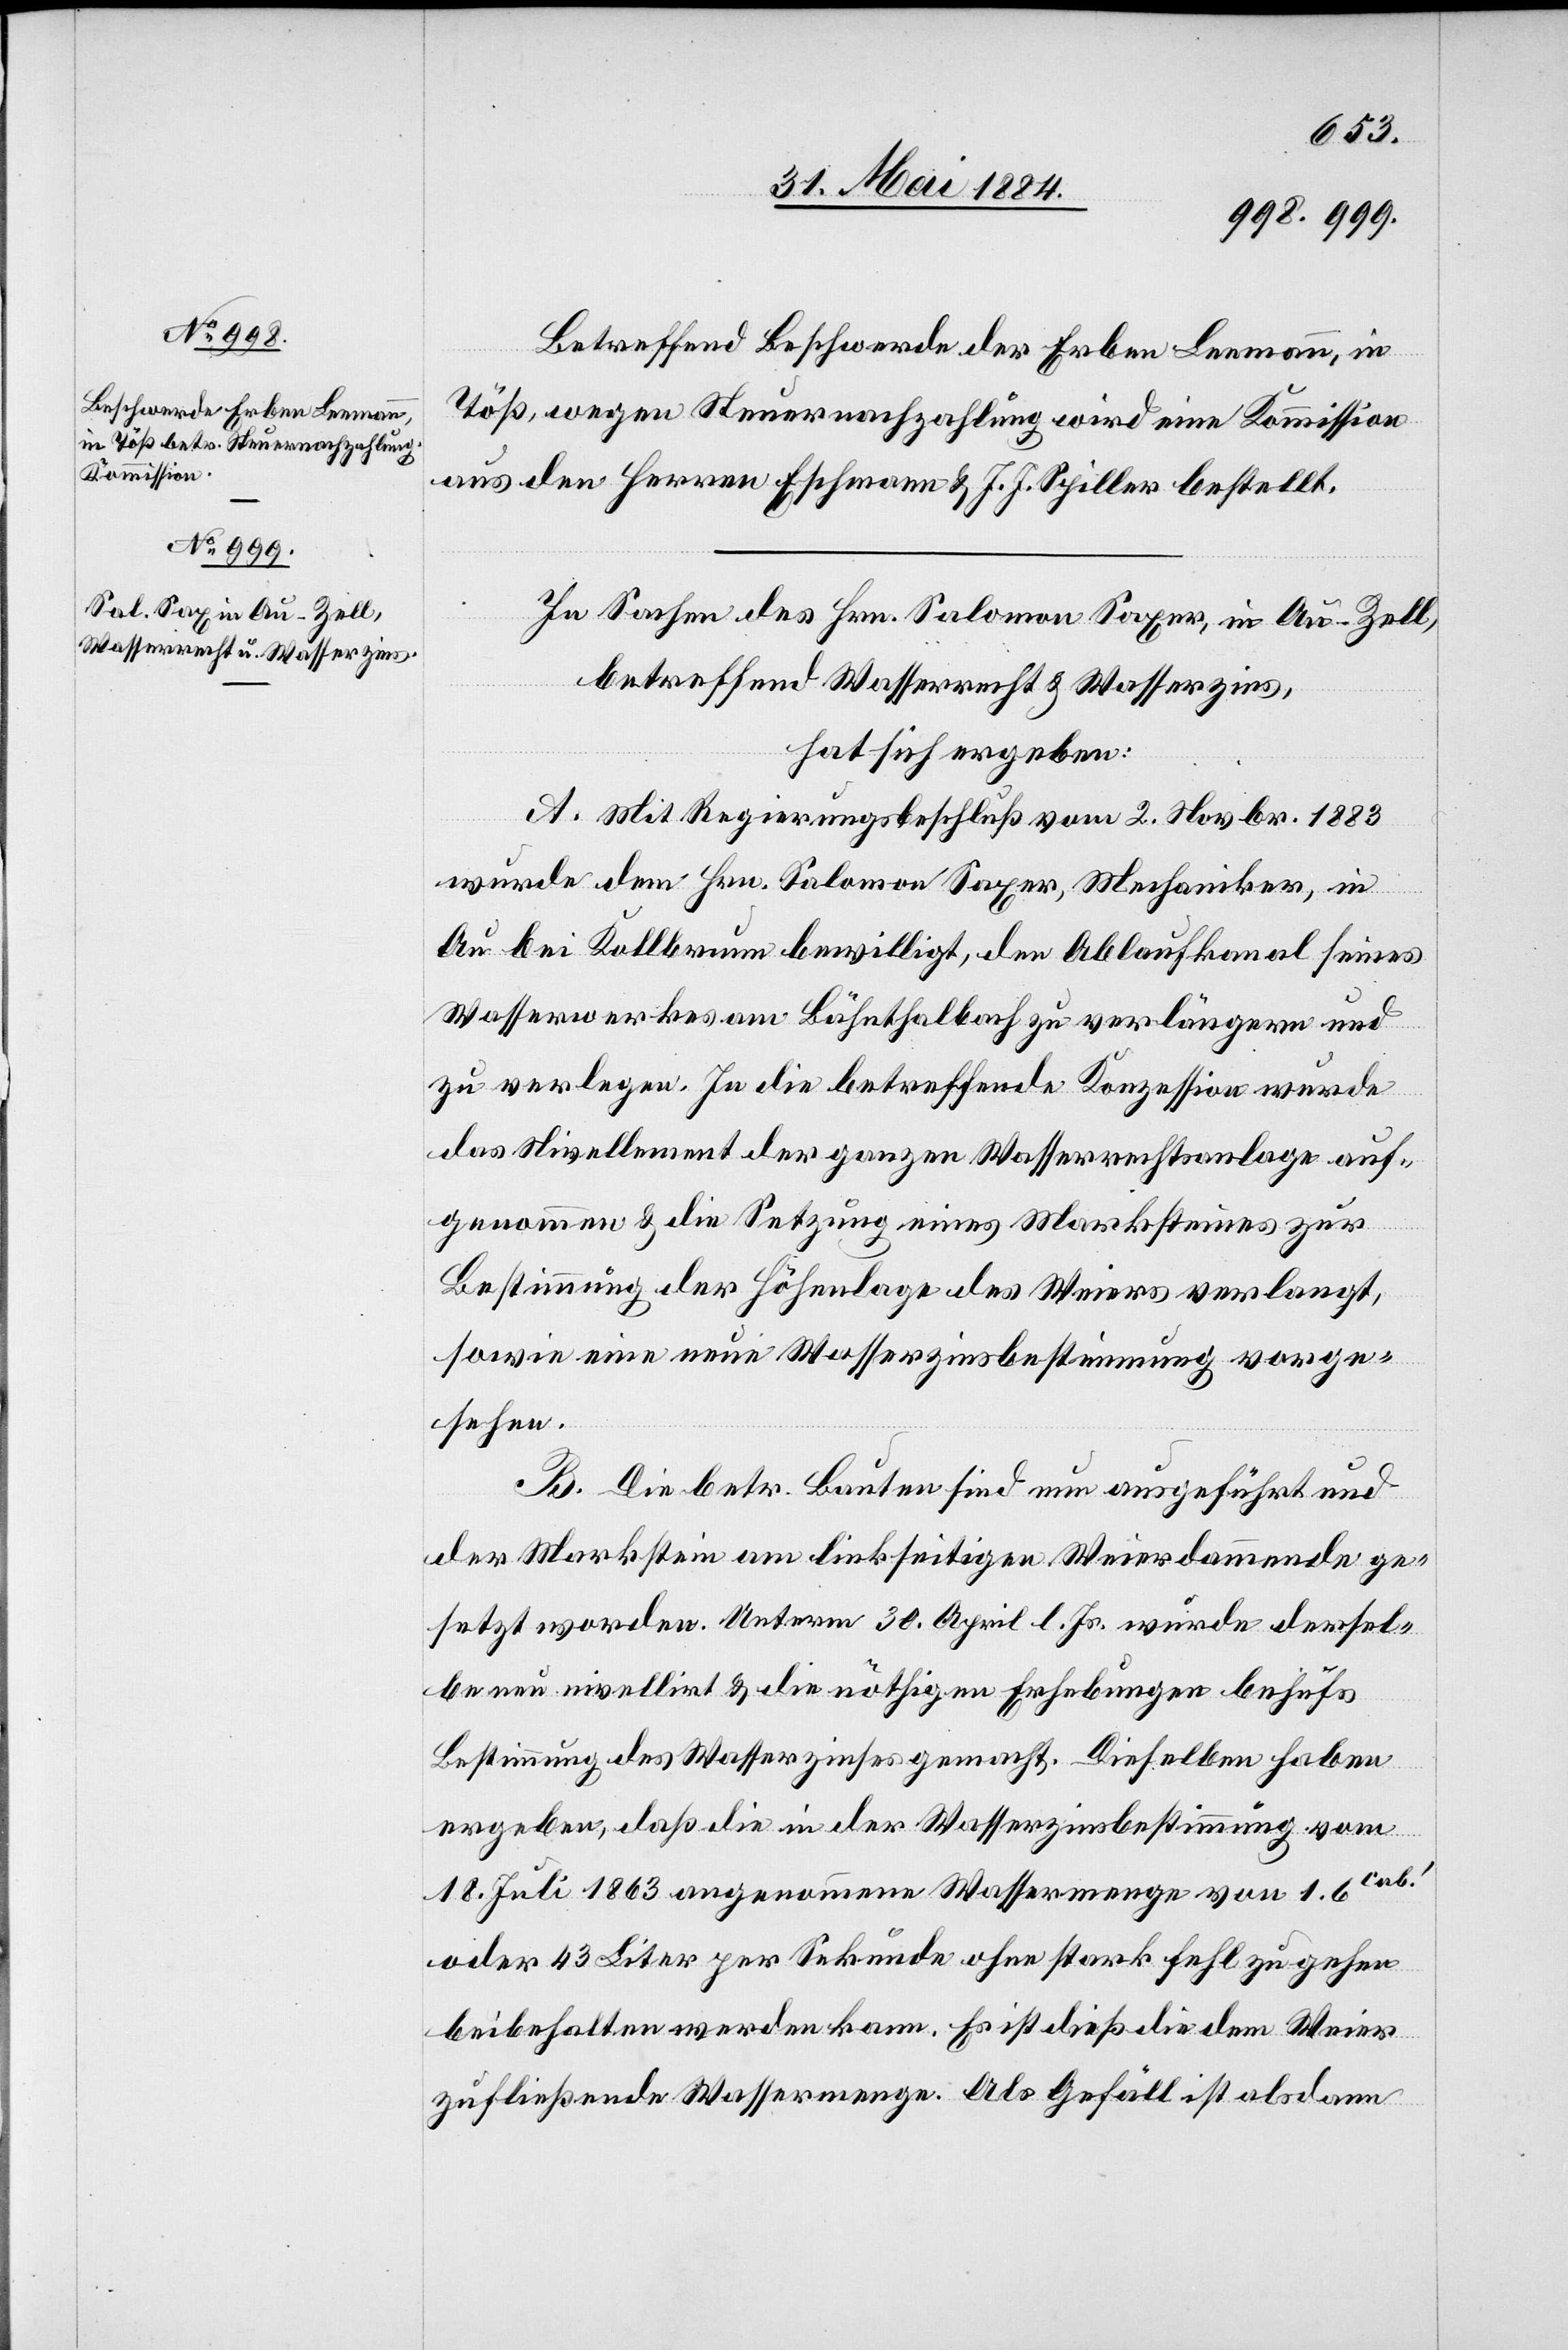
Betreffend Beschwerde der Erben Leemann, in
Töß, wegen Steuernachzahlung wird eine Kommission
aus den Herren Eschmann & J. J. Spiller bestellt.
In Sachen des Hrn. Salomon Saxer [sic!], in Au - Zell,
nd
betreffend Wasserrecht & Wasserzins,
hat sich ergeben:
A. Mit Regierungsbeschluß vom 2. Novbr. 1883
wurde dem Hrn. Salomon Saxer, Mechaniker, in
Au bei Kollbrunn bewilligt, den Ablaufkanal seines
Wasserwerkes am Bähnthalbach zu verlängern und
zu verlegen. In die betreffende Konzession wurde
das Nivellement der ganzen Wasserrechtsanlage auf¬
genommen & die Setzung eines Marksteines zur
Bestimmung der Höhenlage des Weiers verlangt,
sowie eine neue Wasserzinsbestimmung vorge¬
sehen.
B. Die betr. Bauten sind nun ausgeführt und
der Markstein am linkseitigen Weierdammende ge¬
setzt worden. Unterm 30. April l. Js. wurde dersel¬
be neu nivellirt & die nöthigen Erhebungen behufs
Bestimmung des Wasserzinses gemacht. Dieselben haben
ergeben, daß die in der Wasserzinsbestimmung vom
18. Juli 1863 angenommene Wassermenge von 1.6cub.‘
oder 43 Liter per Sekunde ohne stark fehl zu gehen
beibehalten werden kann. Es ist dieß die dem Weier
zufließende Wassermenge. Als Gefäll ist alsdann